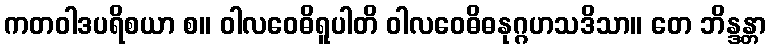
ကတဝါဒပရိစယာ စ။ ဝါလဝေဓိရူပါတိ ဝါလဝေဓိဓနုဂ္ဂဟသဒိသာ။ တေ ဘိန္ဒန္တာ